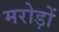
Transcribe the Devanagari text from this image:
मरोड़ों